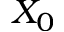
X _ { 0 }